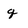
Character: q